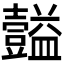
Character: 𪤴